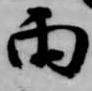
雨